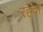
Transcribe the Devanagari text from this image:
रहंदा